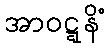
အာဝဋ္ဋနိံ